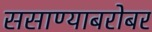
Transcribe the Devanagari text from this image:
ससाण्याबरोबर